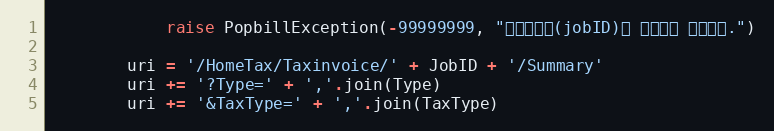
Language: Python
            raise PopbillException(-99999999, "작업아이디(jobID)가 올바르지 않습니다.")

        uri = '/HomeTax/Taxinvoice/' + JobID + '/Summary'
        uri += '?Type=' + ','.join(Type)
        uri += '&TaxType=' + ','.join(TaxType)